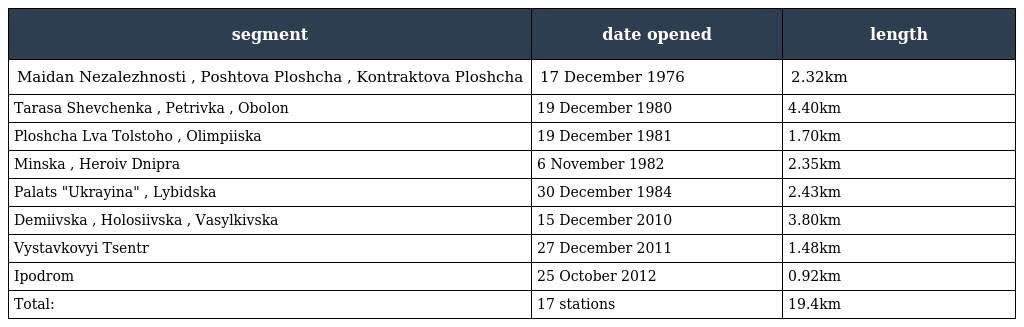
| segment | date opened | length |
 | --- | --- | --- |
 | Maidan Nezalezhnosti , Poshtova Ploshcha , Kontraktova Ploshcha | 17 December 1976 | 2.32km |
 | Tarasa Shevchenka , Petrivka , Obolon | 19 December 1980 | 4.40km |
 | Ploshcha Lva Tolstoho , Olimpiiska | 19 December 1981 | 1.70km |
 | Minska , Heroiv Dnipra | 6 November 1982 | 2.35km |
 | Palats "Ukrayina" , Lybidska | 30 December 1984 | 2.43km |
 | Demiivska , Holosiivska , Vasylkivska | 15 December 2010 | 3.80km |
 | Vystavkovyi Tsentr | 27 December 2011 | 1.48km |
 | Ipodrom | 25 October 2012 | 0.92km |
 | Total: | 17 stations | 19.4km |